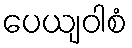
ပေယျဝါစံ